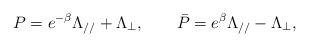
LaTeX: \begin{align*} P=e^{-\beta }\Lambda _{//} + \Lambda _{\bot }, \qquad \bar{P}=e^\beta \Lambda _{//} - \Lambda _{\bot },\end{align*}